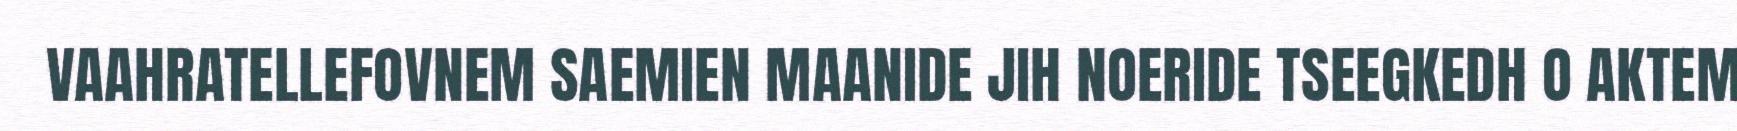
VAAHRATELLEFOVNEM SAEMIEN MAANIDE JIH NOERIDE TSEEGKEDH O AKTEM